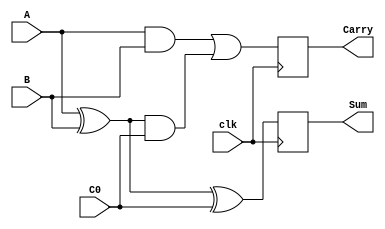
`timescale 1ns/1ps

module FA(input clk,A, B, C0, output reg Sum, Carry);
  reg p, g;

always @(posedge clk) begin

 p = A ^ B;
 g = A & B;
  Sum = p ^ C0;
  Carry = g | (p & C0);
end

endmodule